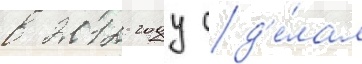
в 2012 году сд'е́лал